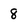
Character: 8